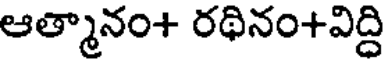
ఆత్మానం+ రథినం+విద్ది